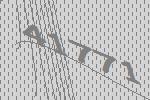
41771